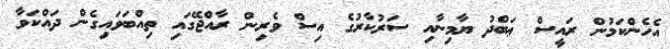
އެހެންކަމުން ރައީސް ޢަބްދު ޔާމިނާއި ސަރުކާރުގެ އިސް ވެރިން ރާއްޖޭގައި ތިއްބަވައިގެން ދައްކަވާ